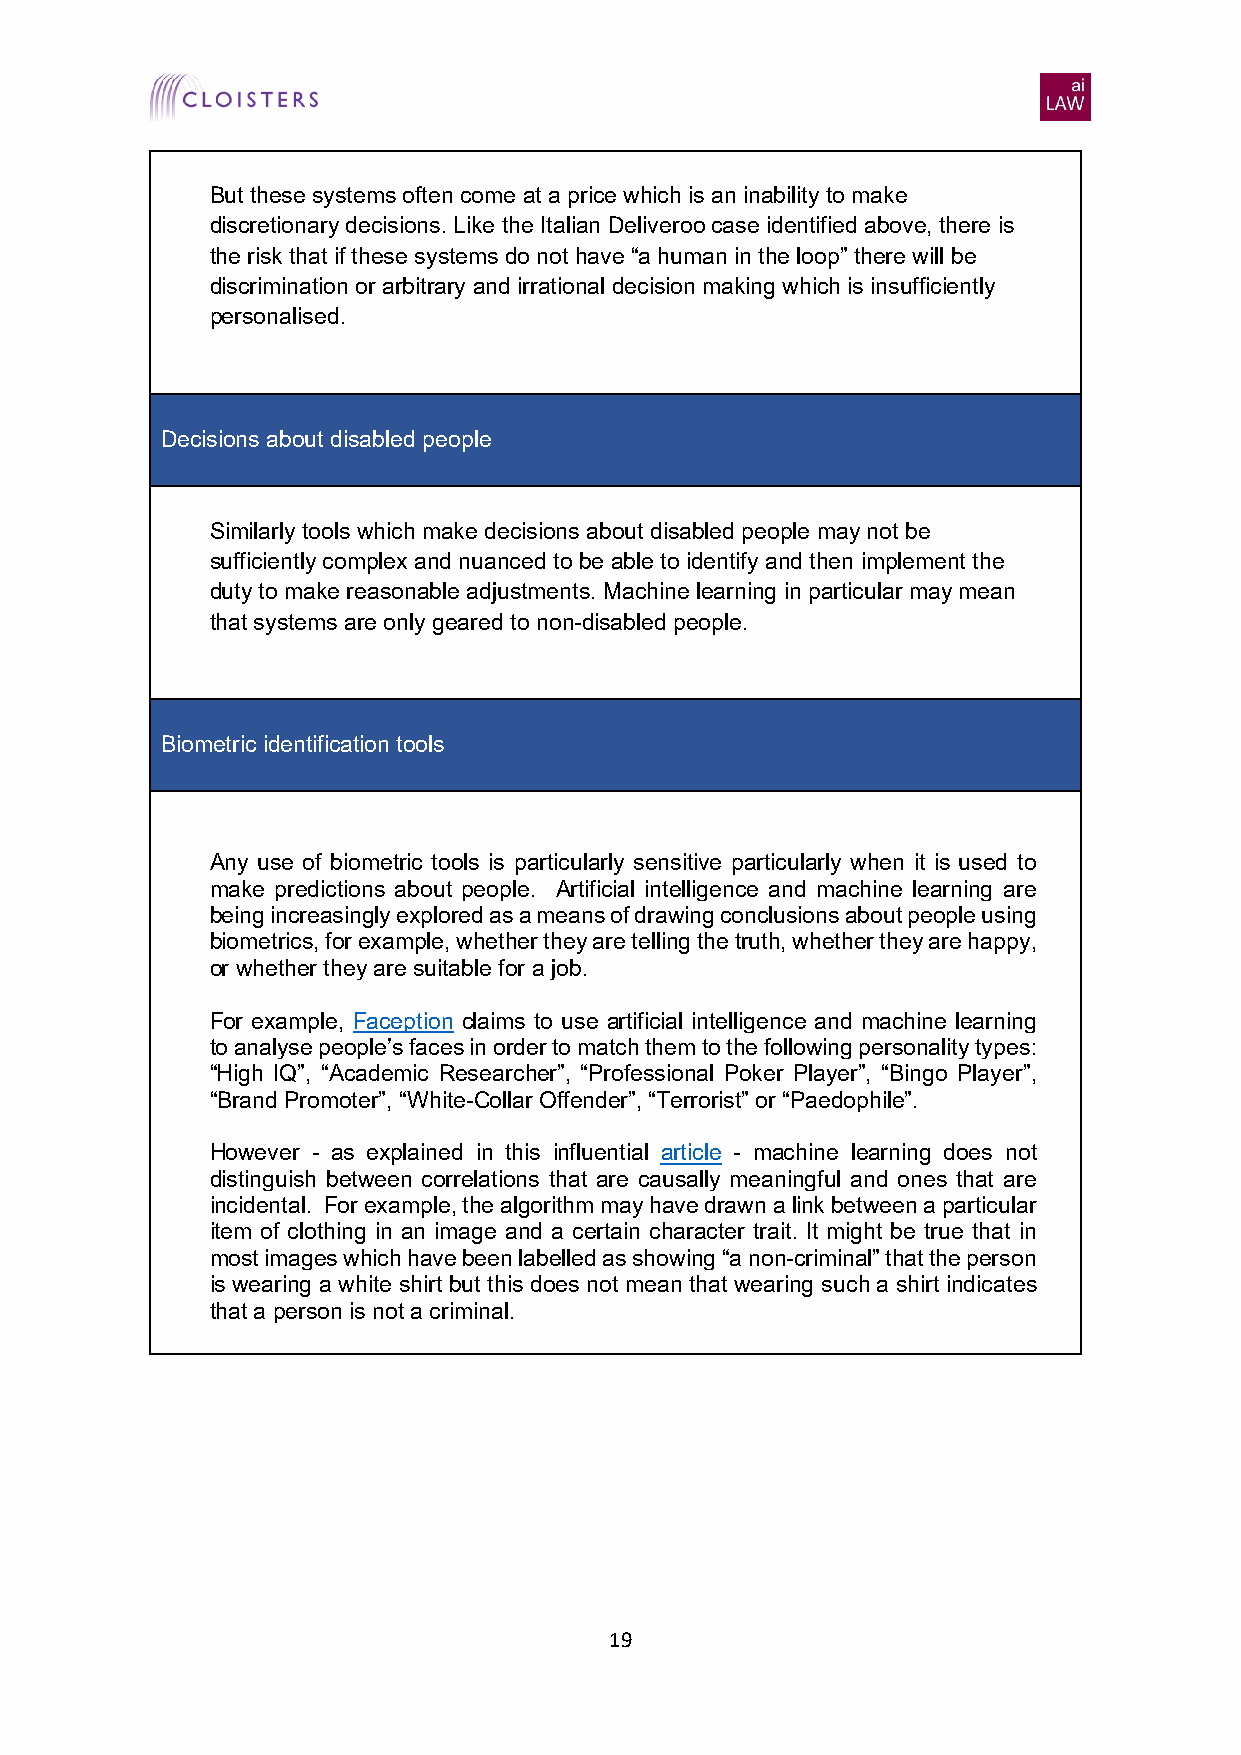
But these systems often come at a price which is an inability to make
 discretionary decisions. Like the Italian Deliveroo case identified above, there is
 the risk that if these systems do not have “a human in the loop” there will be
 discrimination or arbitrary and irrational decision making which is insufficiently
 personalised.
 Decisions about disabled people
 Similarly tools which make decisions about disabled people may not be
 sufficiently complex and nuanced to be able to identify and then implement the
 duty to make reasonable adjustments. Machine learning in particular may mean
 that systems are only geared to non-disabled people.
 Biometric identification tools
 Any use of biometric tools is particularly sensitive particularly when it is used to
 make predictions about people. Artificial intelligence and machine learning are
 being increasingly explored as a means of drawing conclusions about people using
 biometrics, for example, whether they are telling the truth, whether they are happy,
 or whether they are suitable for a job.
 For example, Faception claims to use artificial intelligence and machine learning
 to analyse people’s faces in order to match them to the following personality types:
 “High IQ”, “Academic Researcher”, “Professional Poker Player”, “Bingo Player”,
 “Brand Promoter”, “White-Collar Offender”, “Terrorist” or “Paedophile”.
 However - as explained in this influential article - machine learning does not
 distinguish between correlations that are causally meaningful and ones that are
 incidental. For example, the algorithm may have drawn a link between a particular
 item of clothing in an image and a certain character trait. It might be true that in
 most images which have been labelled as showing “a non-criminal” that the person
 is wearing a white shirt but this does not mean that wearing such a shirt indicates
 that a person is not a criminal.
 19